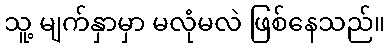
သူ့ မျက်နှာမှာ မလုံမလဲ ဖြစ်နေသည်။